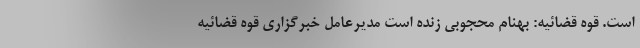
است. قوه قضائیه: بهنام محجوبی زنده است مدیرعامل خبرگزاری قوه قضائیه